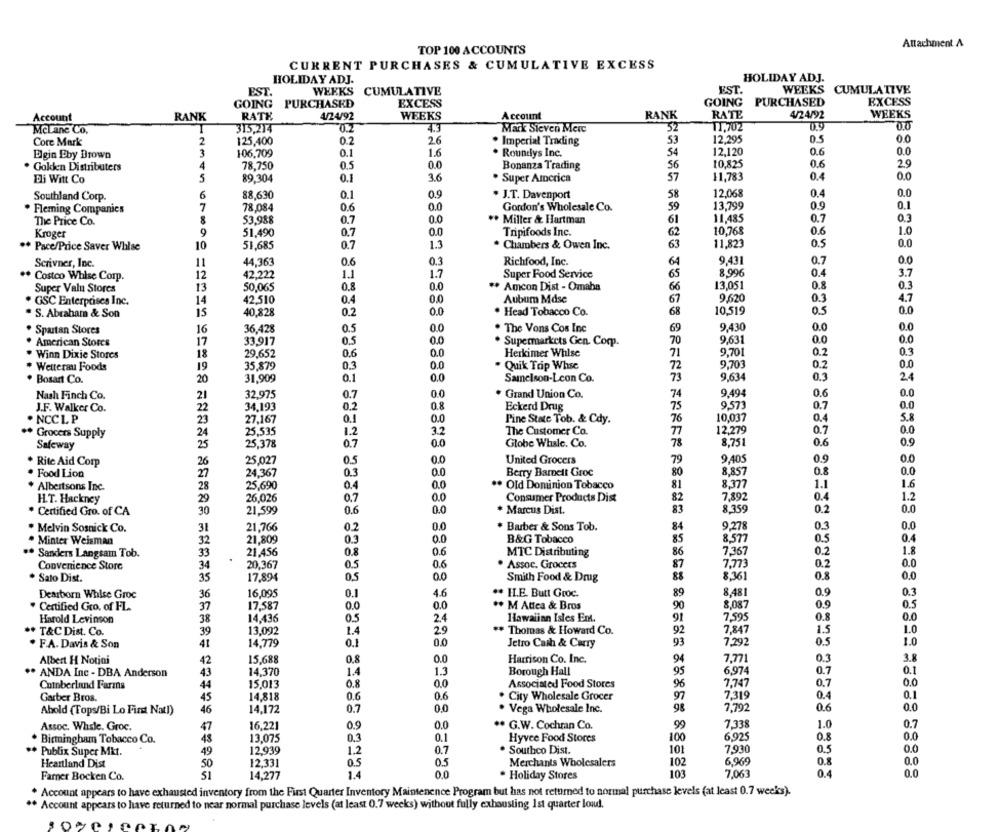
TOP 100 ACCOUNTS
Attachment A
CURRENT PURCHASES & CUMULATIVE EXCESS
HOLIDAY ADJ.
HOLIDAY ADJ.
EST.
WEEKS CUMULATIVE
FST.
WEEKS CUMULATIVE
EXCESS
GOING
PURCHASED
EXCESS
GOING
PURCHASED
Account
RANK
RATE
1/24/92
WEEKS
Account
RANK
RATE
4/24/92
WEEKS
TI,702
McLane Co.
315,214
Mark Steven Merc
32
Core Mark
2
125,400
0.2
2.6
. Imperial Trading
53
12.295
0.5
00
12,120
0.0
Elgin Eby Brown
3
106,709
0.1
1.6
. Roundys Inc.
54
0.6
. Golden Distributers
4
78,750
0.5
0.0
Bonanza Trading
56
10,825
0.6
2.9
0.0
Ei Witt Co
5
89.304
0.1
. Super America
57
11,783
0.4
12.068
0.0
Southland Corp.
6
88,630
0.1
0.9
. J.T. Davenport
58
0.4
. Fleming Companies
7
78.084
0.6
0.0
Gordon's Wholesale Co.
59
13,799
0.9
0.1
11,485
The Price Co.
53.988
0.7
0.0
** Miller & Hartman
61
0.7
Kroger
9
51,490
0.7
0.0
Tripifoods Inc.
62
10,768
0.6
1.0
63
.* Pace/Price Saver Whlse
10
51,685
0.7
1.3
. Chambers & Owen Inc.
11,823
0.5
0.0
Scrivner, Inc.
11
44,363
0.6
0.3
Richfood, Inc.
64
9,431
0.7
0.0
** Costco Whise Corp.
12
42,222
1.1
1.7
Super Food Service
65
8,996
0.4
3.7
Super Valu Stores
13
50.065
0,8
0.0
** Amcon Dist - Omaha
66
13.051
0.8
0.3
GSC Enterprises Inc.
14
42,510
0.4
0.0
Aubum Mdse
67
9.620
0.3
4.7
. S. Abraham & Son
15
40,828
0.2
0.0
Head Tobacco Co.
68
10,519
0.5
0.0
9.430
Spartan Stores
16
36,428
0.5
0.0
. The Vons Cos Inc
69
0.0
0.0
17
33,917
0,5
0.0
Supermarkets Gen. Comp.
70
9,631
0.0
0.0
American Stores
9.701
Winn Dixie Stores
18
29,652
0.6
0.0
Herkimer Whise
71
0.2
0.3
Wetterau Foods
35,879
0.3
0.0
Quik Trip Whse
72
9,703
0.2
0.0
19
Bosart Co.
20
31.909
0.1
0.0
Samelson-Leon Co.
73
9,634
0.3
2.4
9.494
Nash Finch Co.
21
32,975
0.7
0.0
Grand Union Co.
74
0.6
0.0
J.F. Walker Co.
34,193
0.2
0.8
Eckerd Drug
75
9.573
0.7
0.0
22
0.4
. NCCL. P
23
27,167
0.1
0.0
Pine State Tob. & Cdy.
76
10,037
5.8
Grocers Supply
24
25,535
1.2
3.2
The Customer Co.
77
12.279
0.7
0.0
8,751
0.9
Safeway
25
25,378
0.7
0.0
Globe Whale. Co.
78
0.6
9,405
0.9
0.0
* Rite Aid Corp
26
25.027
0.5
0.0
United Grocers
79
Food Lion
27
24.367
0.3
0.0
Berry Barnett Groc
80
8,857
0.8
0.0
1.1
1.6
* Albertsons Inc.
28
25,690
0.4
0.0
. Old Dominion Tobacco
81
8,377
H.T. Hackney
26,026
0.7
0.0
Consumer Products Dist
82
7,892
0.4
1.2
29
83
8,359
0.2
. Certified Gro. of CA
30
21,599
0.6
0.0
* Marcus Dist.
0.0
* Melvin Sosnick Co.
31
21,766
0.2
0.0
* Barber & Sons Tob.
84
9,278
0.3
0.0
. Minter Weisman
32
21,809
0.3
0.0
B&G Tobacco
85
8,577
0.5
0.4
. Sanders Langsam Tob.
33
21,456
0.8
0.6
MTC Distributing
86
7,367
0.2
1.8
Convenience Store
34
20,367
0.5
0.6
. Assoc. Grocers
7,773
0.
0.0
87
Sato Dist.
35
17.894
0.5
00
Smith Food & Drug
88
8,361
0.8
0.0
0.3
Dearborn Whise Groc
36
16,095
0.1
4.6
.. H.E. Butt Groc.
89
8,481
0.9
. Certified Gro. of FL.
37
17.587
0.0
0.0
** M Attea & Bros
90
8.087
0.9
0.5
7,595
0.8
0.0
Harold Levinson
38
14,436
0.5
2.4
Hawaiian Isles Ent.
91
T&CDist. Co.
39
13,092
1.4
29
** Thomas & Howard Co.
92
7,847
1.5
1.0
7,292
0.5
1.0
. F.A. Davis & Son
41
14,779
0.1
0.0
Jetro Cash & Carry
93
15,688
0.0
Harrison Co. Inc.
94
0.3
3.8
Albert H Notini
42
0.8
7,771
** ANDA Inc - DBA Anderson
14,370
1.4
1.3
Borough Hall
95
6,97
0.7
0.1
15.013
0.0
Associated Food Stores
96
0.7
0.0
Coinberland Farms
44
0.8
7,74
Garber Bros.
45
14,818
0.6
0.6
City Wholesale Grocer
97
7,319
0.4
0.1
14,172
0.7
0,0
Vega Wholesale Inc.
98
7,79
0.6
0.0
Abold (Tops/Bi Lo First Nat!)
46
0.0
.. G.W. Cochran Co.
99
7,338
0.7
Assoc. Whsle. Groc.
47
16.221
0.9
1.0
Birtningham Tobacco Co.
13,075
0,3
0.
Hyvee Food Stores
100
6.925
0.8
0.0
12,939
0.7
Southco Dist.
7,930
0.5
0.0
Publix Super Mkt.
1.2
101
Heartland Dist
12,331
0.5
0.5
Merchants Wholesalers
102
6.969
0.8
0.0
1.4
0.0
Holiday Stores
103
7,063
0.4
0.0
Farner Bocken Co.
14.277
. Account appears to have exhausted inventory from the First Quarter Inventory Maintenence Program but has not returned to normal purchase levels (at least 0.7 weeks).
** Account appears to have returned to near normal purchase levels (at least 0.7 weeks) without fully exhausting 1st quarter loud.